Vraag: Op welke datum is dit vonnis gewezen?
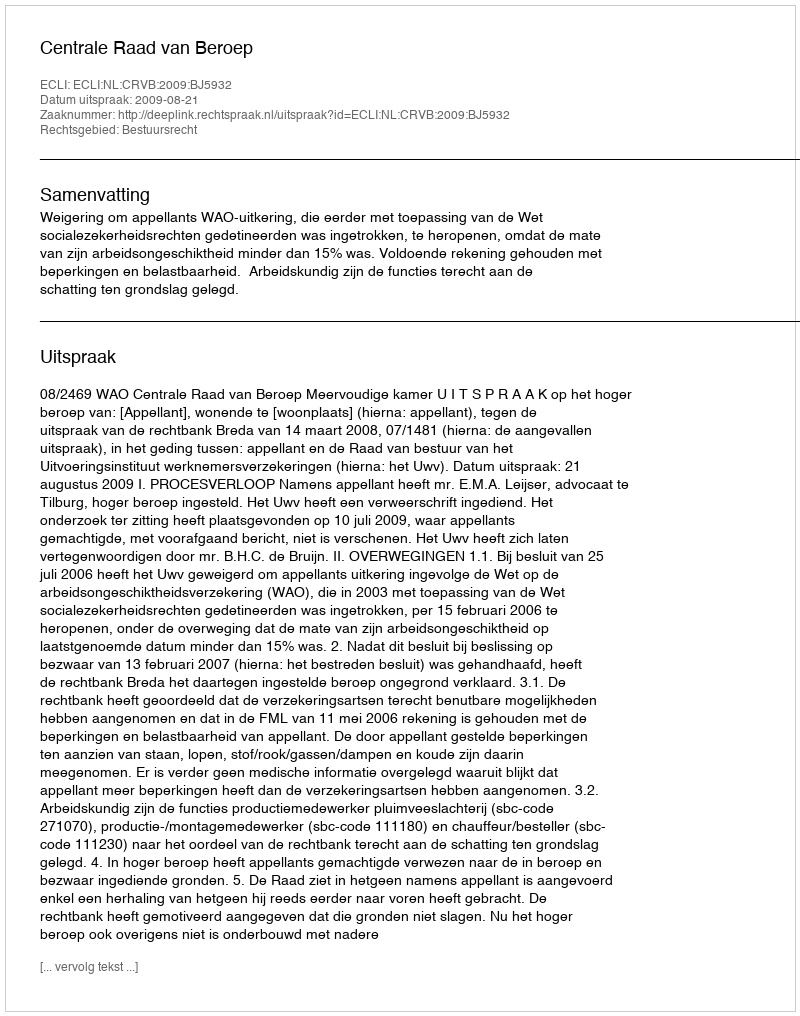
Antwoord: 2009-08-21